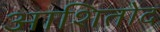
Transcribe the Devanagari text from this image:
आशितोद